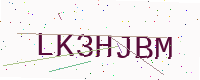
Text: LK3HJBM